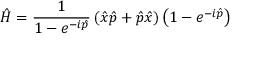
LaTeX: { \hat { H } } = { \frac { 1 } { 1 - e ^ { - i { \hat { p } } } } } \left( { \hat { x } } { \hat { p } } + { \hat { p } } { \hat { x } } \right) \left( 1 - e ^ { - i { \hat { p } } } \right)